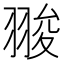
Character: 𦑁